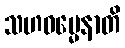
သဟဓမ္မေနာတိ